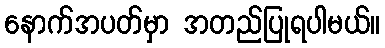
နောက်အပတ်မှာ အတည်ပြုရပါမယ်။